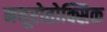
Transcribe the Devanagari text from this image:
नयूरोतोक्सिक